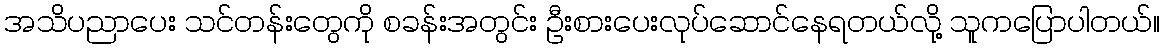
အသိပညာပေး သင်တန်းတွေကို စခန်းအတွင်း ဦးစားပေးလုပ်ဆောင်နေရတယ်လို့ သူကပြောပါတယ်။